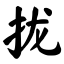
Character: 拢